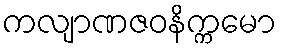
ကလျာဏဇဝနိက္ကမော